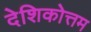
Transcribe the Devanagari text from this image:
देशिकोत्तम